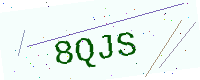
Text: 8QJS